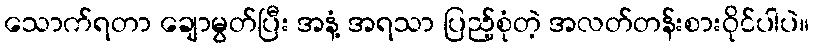
သောက်ရတာ ချောမွတ်ပြီး အနံ့ အရသာ ပြည့်စုံတဲ့ အလတ်တန်းစားဝိုင်ပါပဲ။